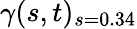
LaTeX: \gamma(s,t)_{s=0.34}